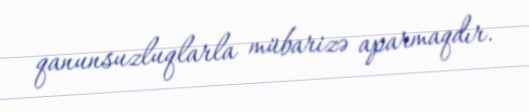
qanunsuzluqlarla mübarizə aparmaqdır.